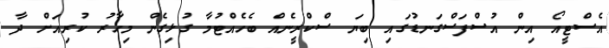
އެސްޓީއޯ އިން އުސްފަސްގަނޑުގައި ބިޔަ ސްކްރީނެއް ބެހެއްޓުމާ ގުޅިގެން މިހާރު ކުރިއަށް ދާ